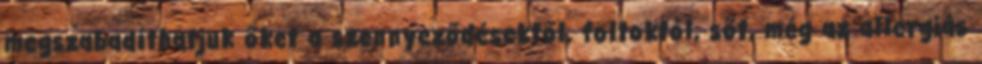
megszabadíthatjuk őket a szennyeződésektől, foltoktól, sőt, még az allergiás